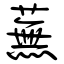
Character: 蕪